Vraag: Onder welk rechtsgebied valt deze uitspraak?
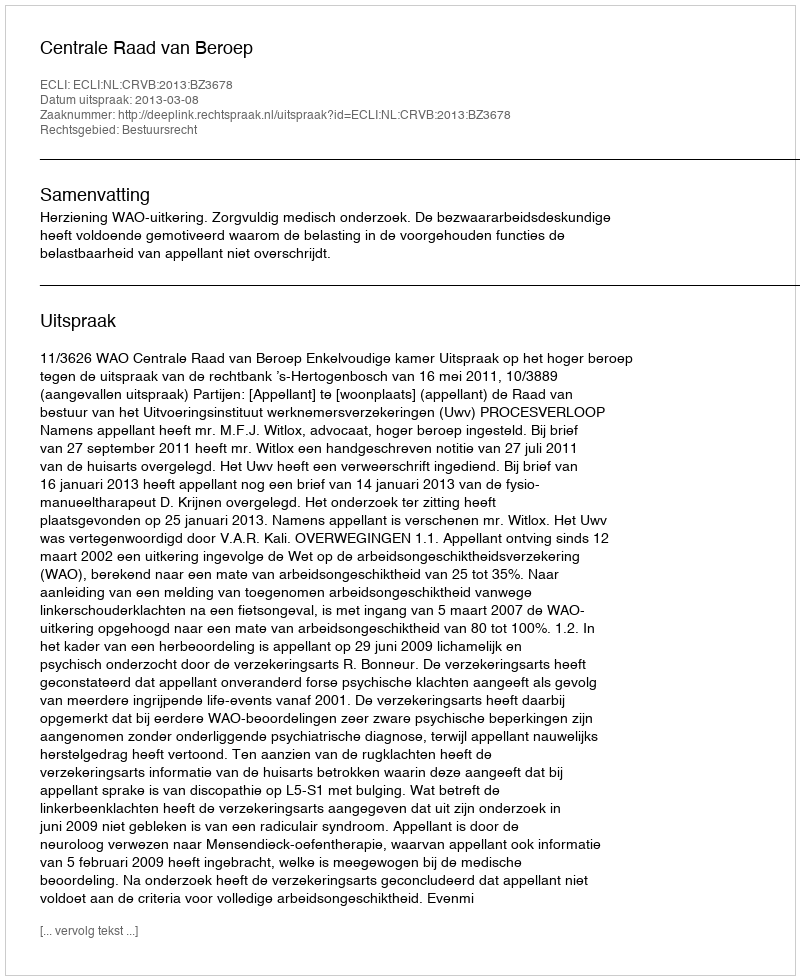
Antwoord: Bestuursrecht